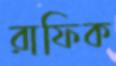
রাফিক